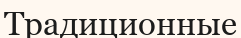
Традиционные